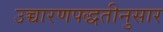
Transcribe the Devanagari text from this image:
उच्चारणपद्धतीनुसार